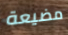
مضيعة